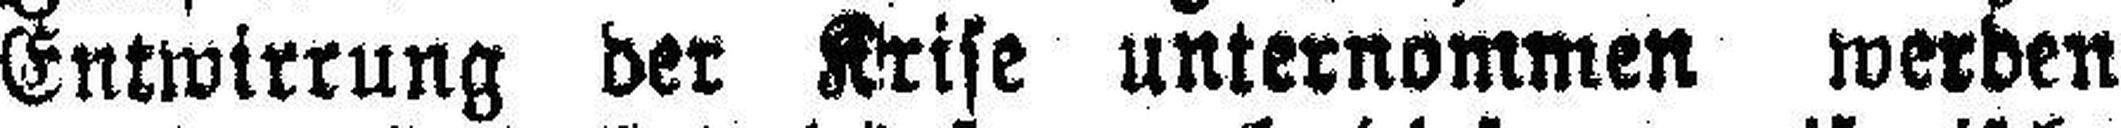
Entwirrung der Krise unternommen werden